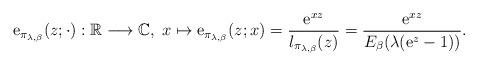
LaTeX: \begin{align*}\mathrm{e}_{\pi_{\lambda,\beta}}(z;\cdot):\mathbb{R}\longrightarrow\mathbb{C},\;x\mapsto\mathrm{e}_{\pi_{\lambda,\beta}}(z;x)={\displaystyle \frac{\mathrm{e}^{xz}}{l_{\pi_{\lambda,\beta}}(z)}}={\displaystyle \frac{\mathrm{e}^{xz}}{E_{\beta}(\lambda(\mathrm{e}^{z}-1))}}.\end{align*}